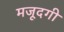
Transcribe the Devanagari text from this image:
मजूदगी